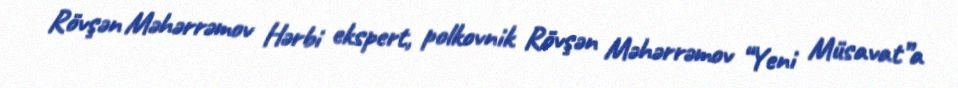
Rövşən Məhərrəmov Hərbi ekspert, polkovnik Rövşən Məhərrəmov “Yeni Müsavat”a